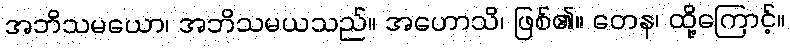
အဘိသမယော၊ အဘိသမယသည်။ အဟောသိ၊ ဖြစ်၏။ တေန၊ ထို့ကြောင့်။